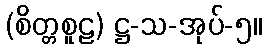
(စိတ္တစူဠ) ဋ္ဌ-သ-အုပ်-၅။